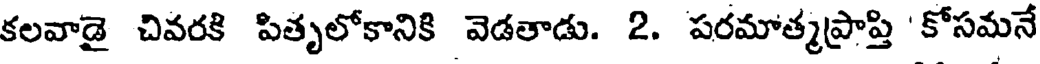
కలవాడై చివరకి పితృలోకానికి వెడతాడు. 2. పరమాత్మప్రాప్తి 'కోసమనే